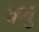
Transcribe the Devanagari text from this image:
कवु